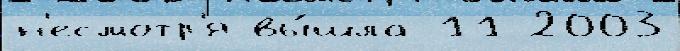
н'есмотр'я вы́шла 11 2003